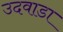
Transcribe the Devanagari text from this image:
उदवाडा